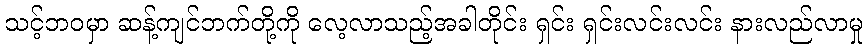
သင့်ဘဝမှာ ဆန့်ကျင်ဘက်တို့ကို လေ့လာသည့်အခါတိုင်း ရှင်း ရှင်းလင်းလင်း နားလည်လာမှု